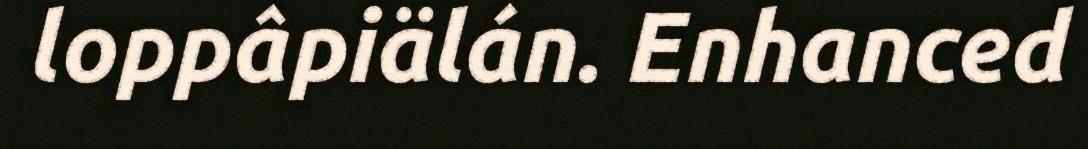
loppâpiälán. Enhanced